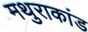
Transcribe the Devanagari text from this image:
मथुराकांड